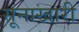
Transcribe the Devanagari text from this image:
सूनाखारी